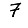
Digit: 7